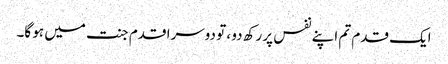
ایک قدم تم اپنے نفس پر رکھ دو ، تو دوسرا قدم جنت میں ہو گا۔